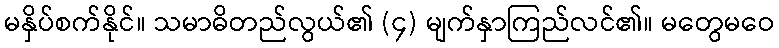
မနှိပ်စက်နိုင်။ သမာဓိတည်လွယ်၏ (၄) မျက်နှာကြည်လင်၏။ မတွေမဝေ